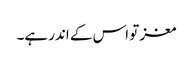
مغز تو اس کے اندر ہے۔